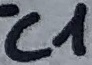
Text: C1